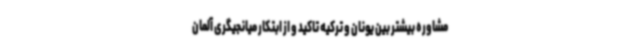
مشاوره بیشتر بین یونان و ترکیه تاکید و از ابتکار میانجیگری آلمان